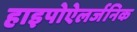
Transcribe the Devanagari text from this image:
हाइपोऐलर्जनिक